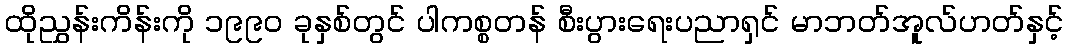
ထိုညွှန်းကိန်းကို ၁၉၉၀ ခုနှစ်တွင် ပါကစ္စတန် စီးပွားရေးပညာရှင် မာဘတ်အူလ်ဟတ်နှင့်